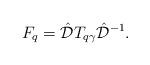
LaTeX: \begin{align*} F_q= \hat{\mathcal{D}}T_{q\gamma} \hat{\mathcal{D}}^{-1}.\end{align*}